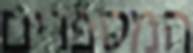
המספרים